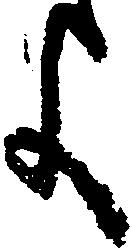
よ